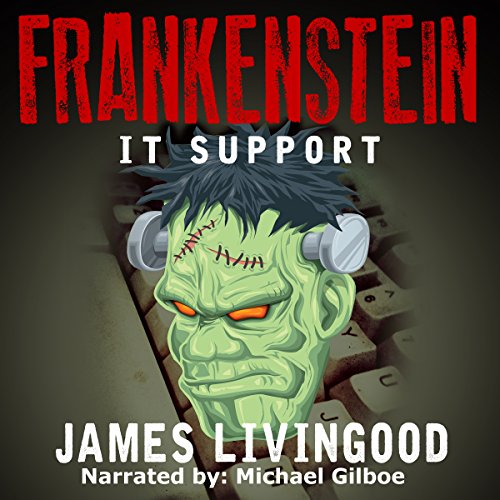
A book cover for Frankenstein: IT Support; James Livingood; Literature & Fiction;